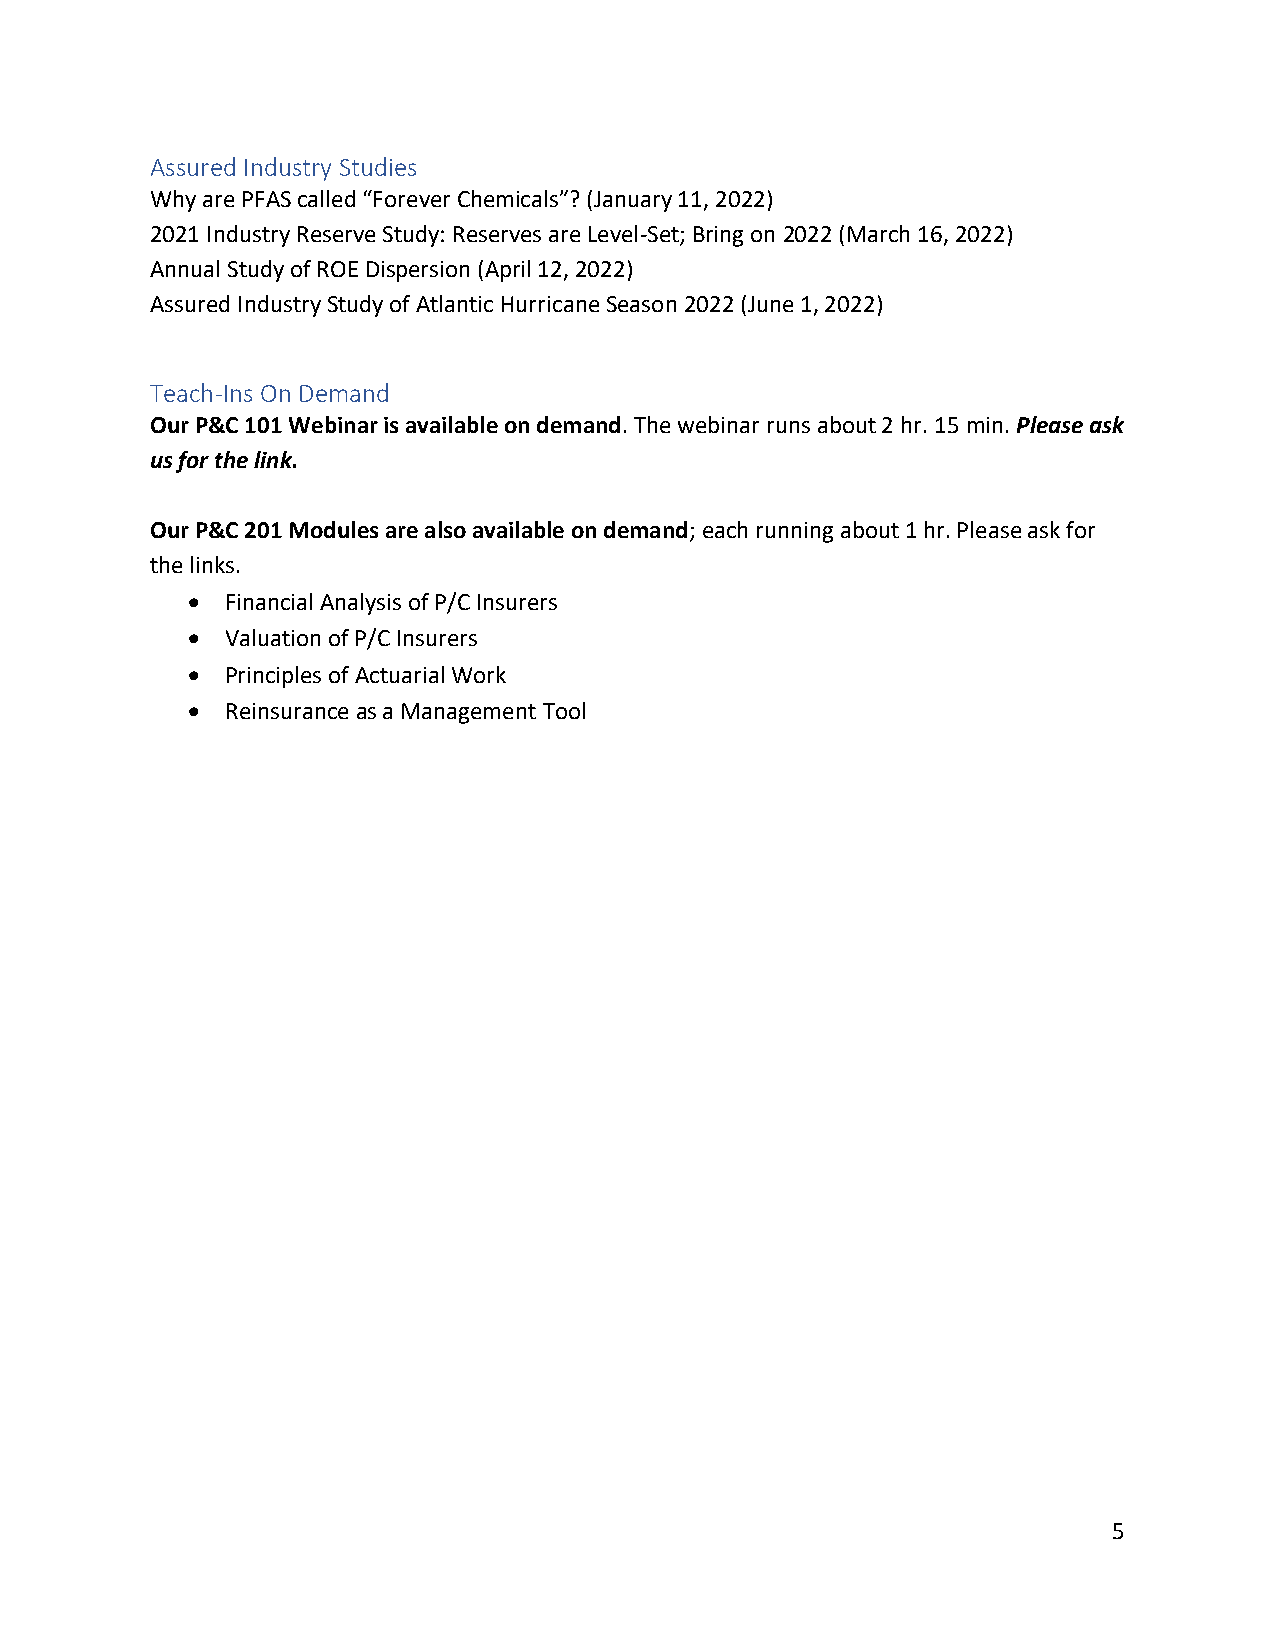
Assured Industry Studies
 Why are PFAS called “Forever Chemicals”? (January 11, 2022)
 2021 Industry Reserve Study: Reserves are Level-Set; Bring on 2022 (March 16, 2022)
 Annual Study of ROE Dispersion (April 12, 2022)
 Assured Industry Study of Atlantic Hurricane Season 2022 (June 1, 2022)
 Teach-Ins On Demand
 Our P&C 101 Webinar is available on demand. The webinar runs about 2 hr. 15 min. Please ask
 us for the link.
 Our P&C 201 Modules are also available on demand; each running about 1 hr. Please ask for
 the links.
 •  Financial Analysis of P/C Insurers
 •  Valuation of P/C Insurers
 •  Principles of Actuarial Work
 •  Reinsurance as a Management Tool
 5